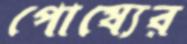
পোষ্যের